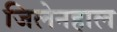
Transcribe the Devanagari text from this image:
जिलेनहाल